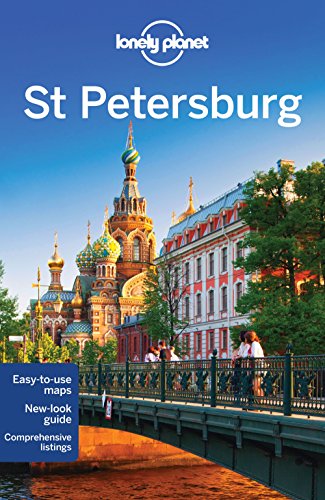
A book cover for Lonely Planet St Petersburg (Travel Guide); Lonely Planet; Travel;